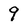
Character: 9